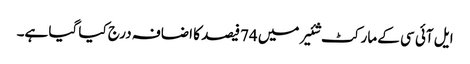
ایل آئی سی کے مارکٹ شئیر میں 74فیصد کا اضافہ درج کیا گیا ہے۔